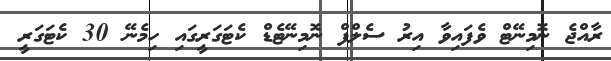
ރާއްޖެ ނޮމިނޭޓް ވެފައިވާ އިރު ސެލްފް ނޮމިނޭޓެޑް ކެޓަގަރީގައި ހިމެނޭ 30 ކެޓަގަރީ